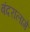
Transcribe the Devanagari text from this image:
बंदरालागे